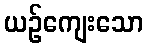
ယဉ်ကျေးသော